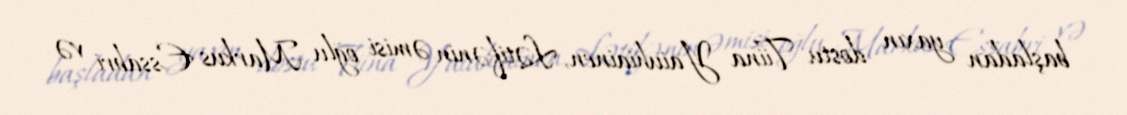
başladan yaxın dostu Tiina Yaiuhiainen, Lətifənin əmisi oğlu Markus Essabri və